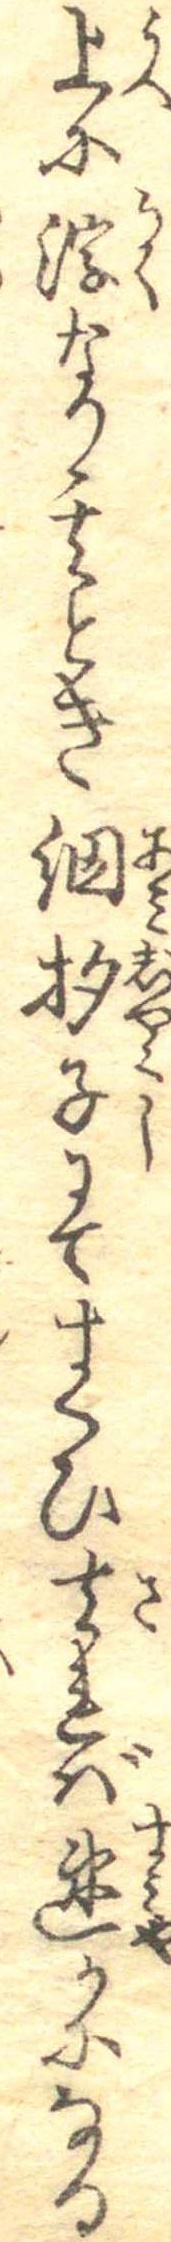
上に浮なり其とき網杓子にてすくひ去れば速かになる